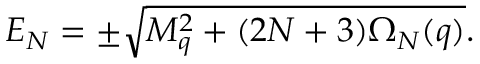
E _ { N } = \pm \sqrt { M _ { q } ^ { 2 } + ( 2 N + 3 ) \Omega _ { N } ( q ) } .